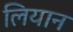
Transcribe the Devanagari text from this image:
लियान